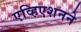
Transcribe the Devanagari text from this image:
एव्हिएशनने